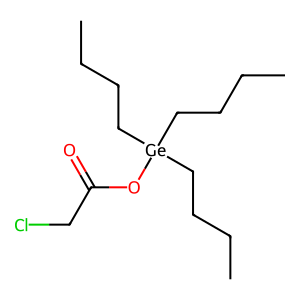
SMILES: CCCC[Ge](CCCC)(CCCC)OC(=O)CCl
Inhibits HIV replication: No